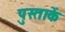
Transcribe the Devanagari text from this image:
पुस्ताकें